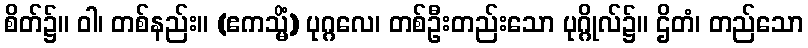
စိတ်၌။ ဝါ၊ တစ်နည်း။ (ဧကသ္မိံ) ပုဂ္ဂလေ၊ တစ်ဦးတည်းသော ပုဂ္ဂိုလ်၌။ ဌိတံ၊ တည်သော